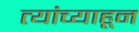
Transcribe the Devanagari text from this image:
त्यांच्याहून